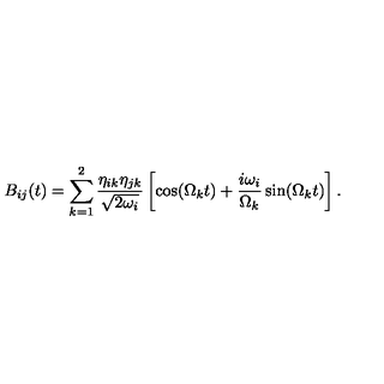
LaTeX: B _ { i j } ( t ) = \sum _ { k = 1 } ^ { 2 } \frac { \eta _ { i k } \eta _ { j k } } { \sqrt { 2 \omega _ { i } } } \left[ \cos ( \Omega _ { k } t ) + \frac { i \omega _ { i } } { \Omega _ { k } } \sin ( \Omega _ { k } t ) \right] .